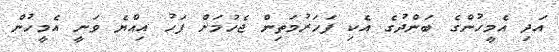
އަދި އެމީހުންގެ ބަންދުގެ އެކި ފަހަރުމަތިން ޖެހުމަށް ފަހު އިއްޔެ ވަނީ އެމީހުން